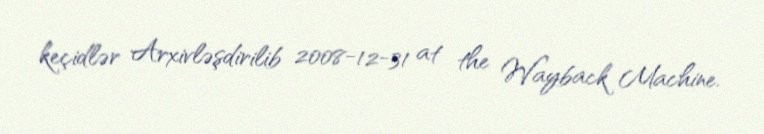
keçidlər Arxivləşdirilib 2008-12-31 at the Wayback Machine.